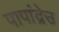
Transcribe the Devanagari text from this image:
पापांद्रेउ